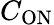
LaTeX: C_{\mathrm{ON}}